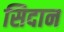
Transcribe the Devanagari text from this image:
सिदान